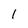
Character: 1